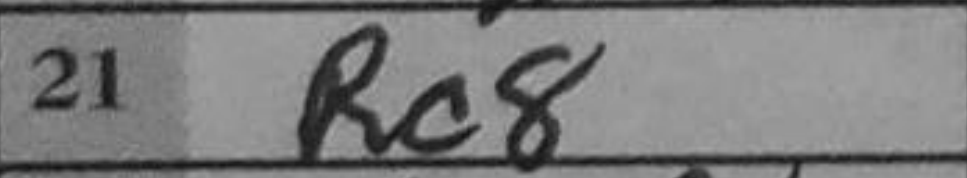
Transcription: Rc8